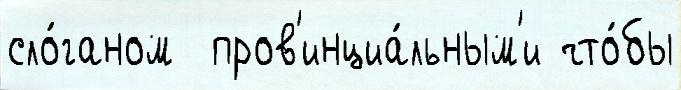
сло́ганом  пров'инциа́льным'и что́бы